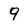
Character: 9